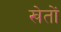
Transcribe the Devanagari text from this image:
खेताें